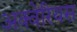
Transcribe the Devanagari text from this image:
अक्वेरियस